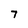
Character: 7